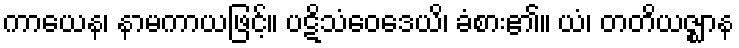
ကာယေန၊ နာမကာယဖြင့်။ ပဋိသံဝေဒေယိ၊ ခံစား၏။ ယံ၊ တတိယဇ္ဈာန